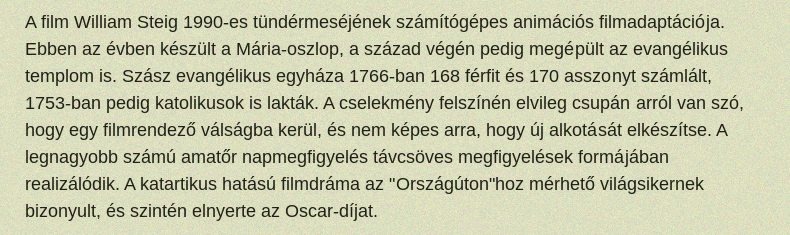
A film William Steig 1990-es tündérmeséjének számítógépes animációs filmadaptációja. Ebben az évben készült a Mária-oszlop, a század végén pedig megépült az evangélikus templom is. Szász evangélikus egyháza 1766-ban 168 férfit és 170 asszonyt számlált, 1753-ban pedig katolikusok is lakták. A cselekmény felszínén elvileg csupán arról van szó, hogy egy filmrendező válságba kerül, és nem képes arra, hogy új alkotását elkészítse. A legnagyobb számú amatőr napmegfigyelés távcsöves megfigyelések formájában realizálódik. A katartikus hatású filmdráma az "Országúton"hoz mérhető világsikernek bizonyult, és szintén elnyerte az Oscar-díjat.